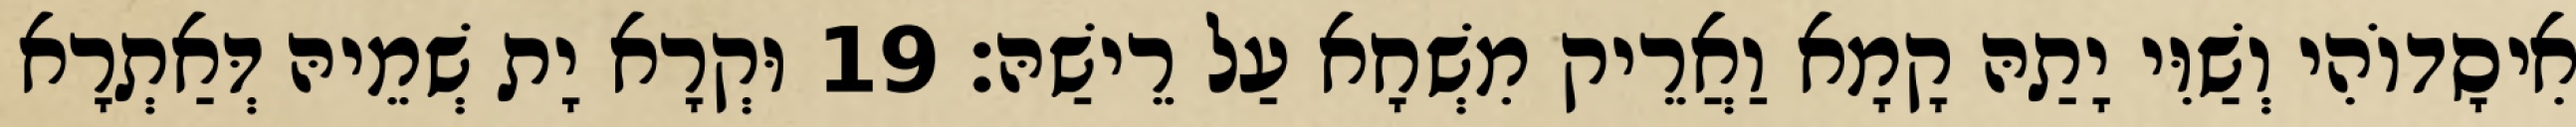
אִיסָדוֹהִי וְשַׁוִּי יָתַהּ קָמָא וַאֲרֵיק מִשְׁחָא עַל רֵישַׁהּ׃ 19 וּקְרָא יָת שְׁמֵיהּ דְּאַתְרָא